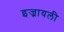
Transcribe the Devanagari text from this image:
इज्रायली